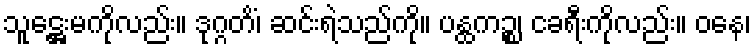
သူဋ္ဌေးမကိုလည်း။ ဒုဂ္ဂတိံ၊ ဆင်းရဲသည်ကို။ ပန္ထကဉ္စ၊ ငခရီးကိုလည်း။ ဝနေ၊